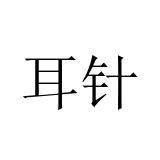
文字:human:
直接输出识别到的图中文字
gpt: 耳针